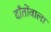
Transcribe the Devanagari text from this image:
दाँतोंवाला